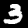
Digit: 3